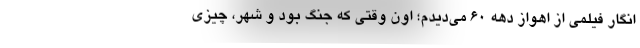
انگار فيلمي از اهواز دهه 60 مي‌ديدم؛ اون وقتي كه جنگ بود و شهر، چيزي